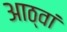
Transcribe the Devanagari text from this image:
आठ्वां